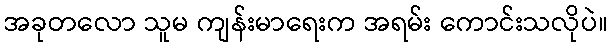
အခုတလော သူမ ကျန်းမာရေးက အရမ်း ကောင်းသလိုပဲ။